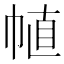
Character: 𢃜